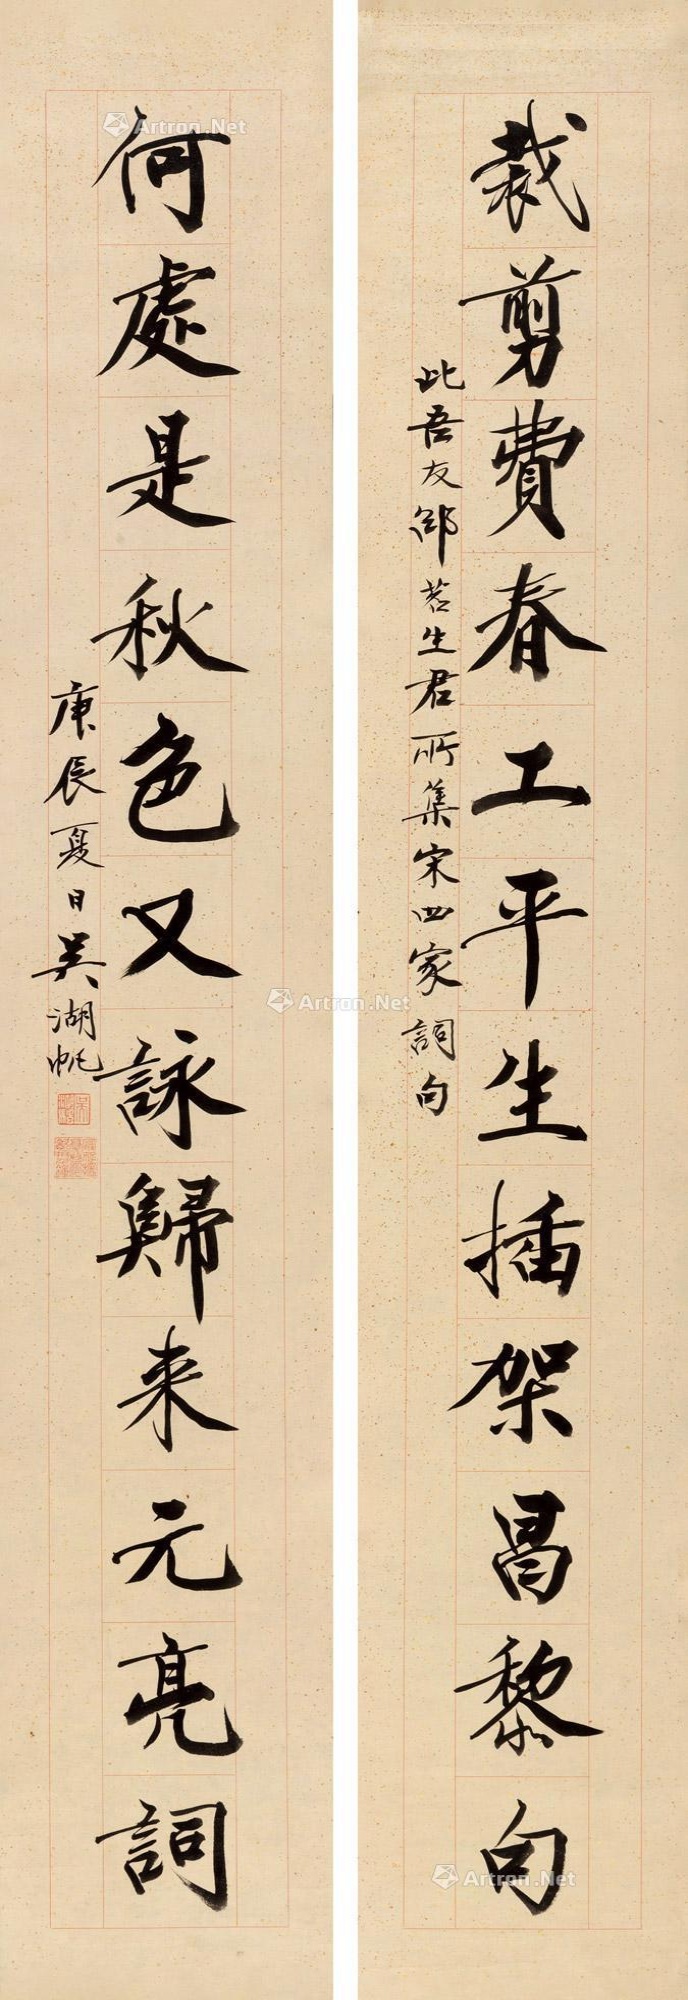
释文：裁剪费春工，平生插架昌黎句。何处是秋色，又咏归来元亮词此吾友邵茗生君所集宋四家词句。庚辰夏日吴湖帆